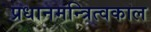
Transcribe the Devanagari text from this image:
प्रधानमन्त्रित्वकाल